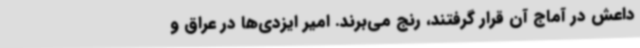
داعش در آماج آن قرار گرفتند، رنج می‌برند. امیر ایزدی‌ها در عراق و